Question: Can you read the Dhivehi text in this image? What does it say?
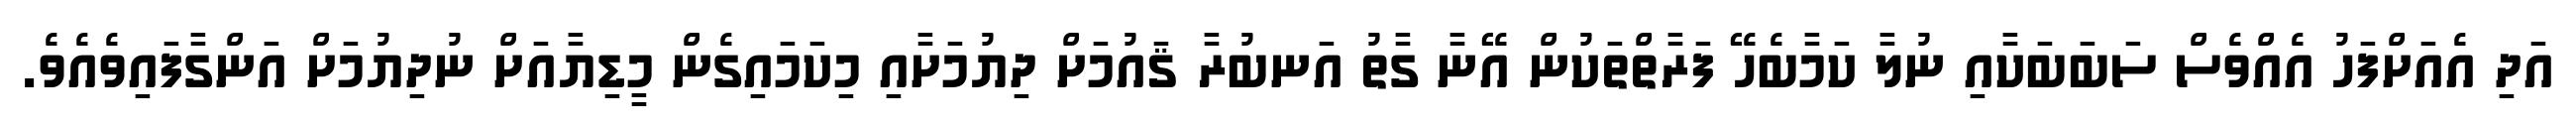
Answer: އަދި އެއަށްފަހު އެއްވެސް ސަބަބަކާއި ނުލާ ކަމާބެހޭ ފަރާތްތަކުން އޭނާ ގާތު އަނބުރާ ޤައުމަށް ދިޔުމަށާއި މިކަމައިގެން މީޑިޔާއަށް ނުދިޔުމަށް އަންގާފައިވެއެވެ.